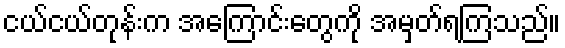
ငယ်ငယ်တုန်းက အကြောင်းတွေကို အမှတ်ရကြသည်။